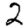
Digit: 2